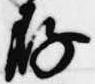
存